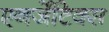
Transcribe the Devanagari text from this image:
एनर्जेटिक्स